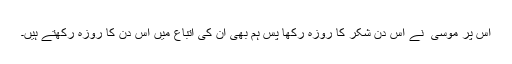
اس پر موسیٰ ؑ نے اس دن شکر کا روزہ رکھا پس ہم بھی ان کی اتباع میں اس دن کا روزہ رکھتے ہیں۔